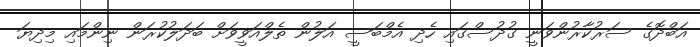
އަބްދޮގެ ސަރުކާރުންވަނީ ގުދުސްގައި ހެދި އެމްބަސީ އަލުން ތެލްއަވީވަށް ބަދަލުކުރަން ނިންމައި މިދިޔަ